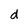
Character: d